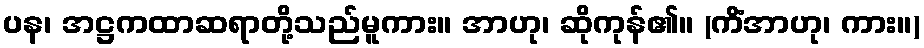
ပန၊ အဋ္ဌကထာဆရာတို့သည်မူကား။ အာဟု၊ ဆိုကုန်၏။ (ကိံအာဟု၊ ကား။)